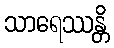
သာရေဿန္တိ